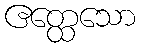
ဧတ္ထေသော